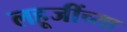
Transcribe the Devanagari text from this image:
लहूजींच्या